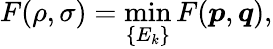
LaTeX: F(\rho,\sigma)=\operatorname*{min}_{\{ E_{k}\} }F({\boldsymbol{p}},{\boldsymbol{q}}),